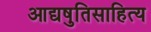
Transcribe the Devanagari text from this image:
आद्यषुतिसाहित्य